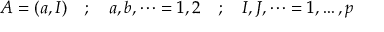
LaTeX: A = ( a , I ) \quad ; \quad a , b , \dots = 1 , 2 \quad ; \quad I , J , \dots = 1 , \dots , p